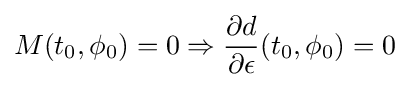
M(t_{0},\phi _{0})=0\Rightarrow {\dfrac {\partial d}{\partial \epsilon }}(t_{0},\phi _{0})=0